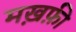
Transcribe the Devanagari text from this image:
मख़फ़ी